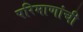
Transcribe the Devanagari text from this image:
परिमाणांची